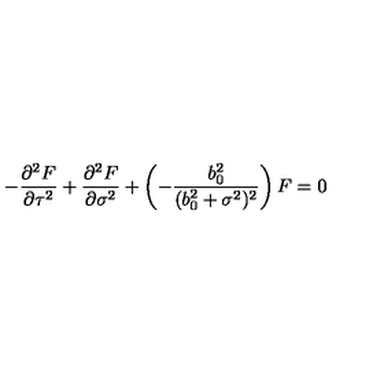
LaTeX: - \frac { { \partial } ^ { 2 } F } { { \partial } \tau ^ { 2 } } + \frac { { \partial } ^ { 2 } F } { { \partial } \sigma ^ { 2 } } + \left( - \frac { b _ { 0 } ^ { 2 } } { ( b _ { 0 } ^ { 2 } + \sigma ^ { 2 } ) ^ { 2 } } \right) F = 0